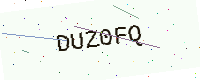
Text: DUZ0FQ